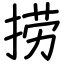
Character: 捞